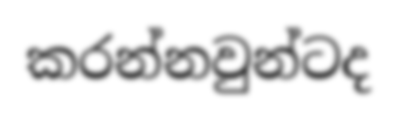
කරන්නවුන්ටද